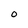
Character: 0